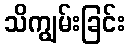
သိကျွမ်းခြင်း